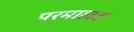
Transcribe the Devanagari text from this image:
परमालट